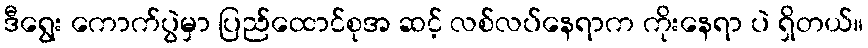
ဒီရွေး ကောက်ပွဲမှာ ပြည်ထောင်စုအ ဆင့် လစ်လပ်နေရာက ကိုးနေရာ ပဲ ရှိတယ်။